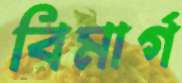
বিমার্গ